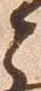
と